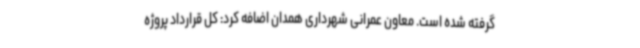
گرفته شده است. معاون عمرانی شهرداری همدان اضافه کرد: کل قرارداد پروژه